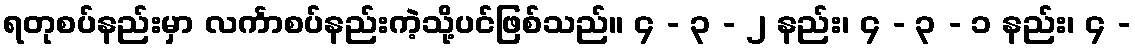
ရတုစပ်နည်းမှာ လင်္ကာစပ်နည်းကဲ့သို့ပင်ဖြစ်သည်။ ၄ - ၃ - ၂ နည်း၊ ၄ - ၃ - ၁ နည်း၊ ၄ -